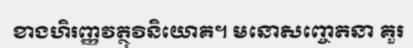
ខាងហិរញ្ញវត្ថុវិនិយោគ។ មនោសញ្ចេតនា គួរ